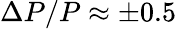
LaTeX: \Delta P/P\approx\pm 0.5\